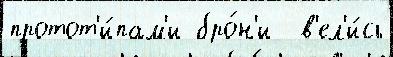
протот'и́пам'и бро́н'и  в'ел'и́сь